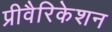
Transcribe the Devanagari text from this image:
प्रीवैरिकेशन